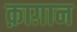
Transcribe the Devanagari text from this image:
क़ाग़ान